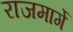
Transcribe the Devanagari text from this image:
राजमार्गे